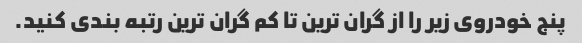
پنج خودروی زیر را از گران ترین تا کم گران ترین رتبه بندی کنید.